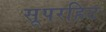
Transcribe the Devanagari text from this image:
सूपरहिट